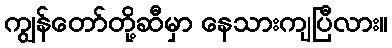
ကျွန်တော်တို့ဆီမှာ နေသားကျပြီလား။